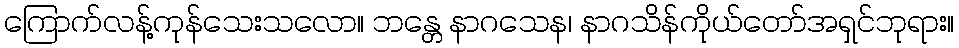
ကြောက်လန့်ကုန်သေးသလော။ ဘန္တေ နာဂသေန၊ နာဂသိန်ကိုယ်တော်အရှင်ဘုရား။